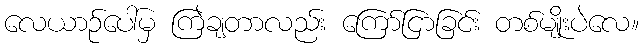
လေယာဉ်ပေါ်မှ ကြဲချတာလည်း ကြော်ငြာခြင်း တစ်မျိုးပဲလေ။